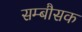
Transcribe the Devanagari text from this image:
सम्बौसक